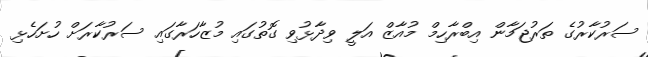
ސަރުކާރުގެ ތަރުޖަމާން އިބްރާހިމް މުއާޒް އަލީ ވިދާޅުވި ގޮތުގައި މުޒާހަރާގައި ސަރުކާރަށް ހުށަހެޅި